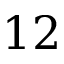
1 2